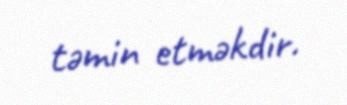
təmin etməkdir.